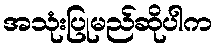
အသုံးပြုမည်ဆိုပါက